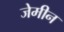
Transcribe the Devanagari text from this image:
जेमीन